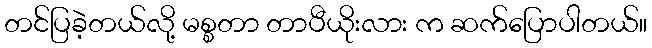
တင်ပြခဲ့တယ်လို့ မစ္စတာ တာပီယိုးလား က ဆက်ပြောပါတယ်။